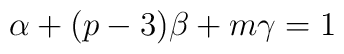
\alpha + (p-3) \beta + m \gamma = 1